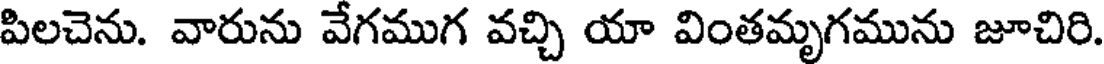
పిలచెను. వారును వేగముగ వచ్చి యా వింతమృగమును జూచిరి